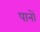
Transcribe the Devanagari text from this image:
पानों